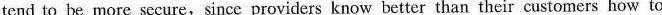
tend to be more secure,since providers know better than their customers how to